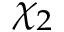
\chi _ { 2 }